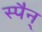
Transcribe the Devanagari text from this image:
स्पैन्